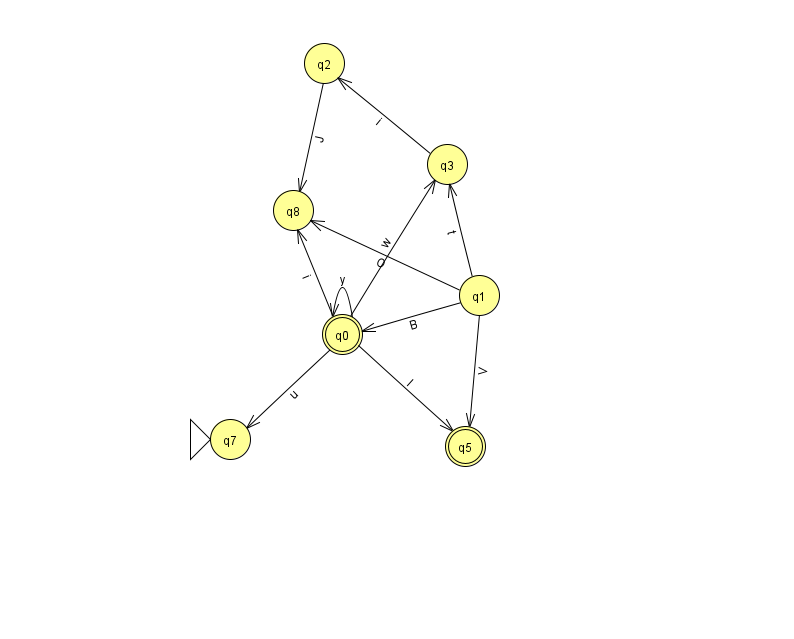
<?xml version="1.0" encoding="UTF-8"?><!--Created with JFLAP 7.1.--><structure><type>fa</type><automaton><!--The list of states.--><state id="0" name="q0"><x>342.0</x><y>321.0</y><final/></state><state id="1" name="q1"><x>479.0</x><y>282.0</y></state><state id="2" name="q2"><x>324.0</x><y>50.0</y></state><state id="3" name="q3"><x>447.0</x><y>151.0</y></state><state id="5" name="q5"><x>465.0</x><y>433.0</y><final/></state><state id="7" name="q7"><x>230.0</x><y>426.0</y><initial/></state><state id="8" name="q8"><x>293.0</x><y>197.0</y></state><!--The list of transitions.--><transition><from>2</from><to>8</to><read>J</read></transition><transition><from>1</from><to>0</to><read>B</read></transition><transition><from>0</from><to>5</to><read>l</read></transition><transition><from>0</from><to>8</to><read>i</read></transition><transition><from>1</from><to>8</to><read>O</read></transition><transition><from>3</from><to>2</to><read>i</read></transition><transition><from>0</from><to>0</to><read>y</read></transition><transition><from>1</from><to>5</to><read>V</read></transition><transition><from>1</from><to>3</to><read>t</read></transition><transition><from>0</from><to>3</to><read>w</read></transition><transition><from>0</from><to>7</to><read>u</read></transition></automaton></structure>